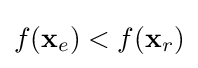
f(\mathbf {x} _{e})<f(\mathbf {x} _{r})